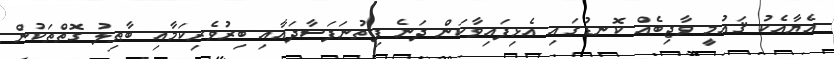
އެޔާއެކު ޤައުމީ ވާޖިބެއް ކޮނޑުގައި އެޅިފައިވާކަން ދަނެ ފިތުނަފަސާދައާއި ބިރުވެރިކަމާއި ބާޠިލު ގޮތްތަކުން